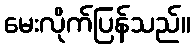
မေးလိုက်ပြန်သည်။